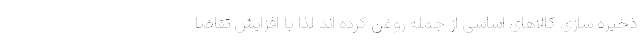
ذخیره سازی کالاهای اساسی از جمله روغن کرده اند لذا با افزایش تقاضا